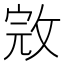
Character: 𢽉